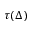
\tau ( \Delta )